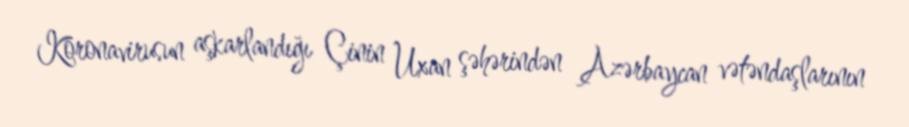
Koronavirusun aşkarlandığı Çinin Uxan şəhərindən Azərbaycan vətəndaşlarının